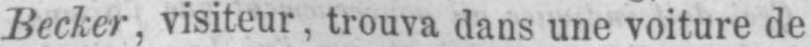
Becker, visiteur, trouva dans une voiture de